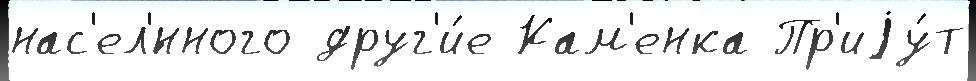
нас'ел'́нного друг'и́е Кам'енка Пр'иjу́т